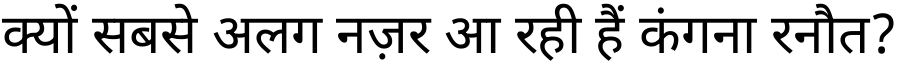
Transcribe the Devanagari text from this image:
क्यों सबसे अलग नज़र आ रही हैं कंगना रनौत?